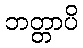
ဘတ္တာပိ